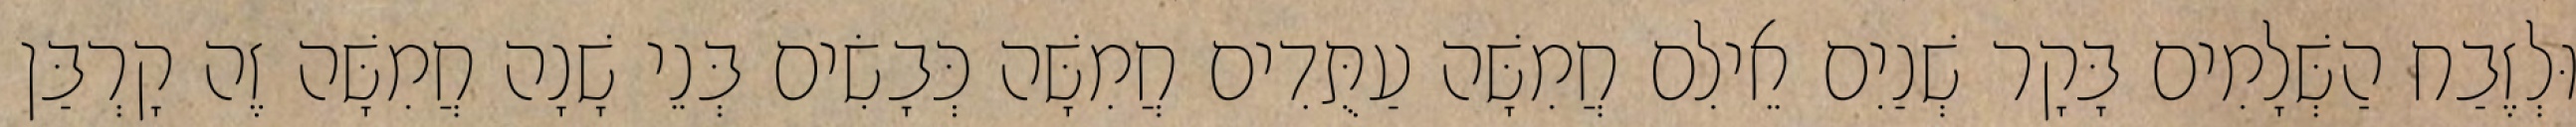
וּלְזֶבַח הַשְּׁלָמִים בָּקָר שְׁנַיִם אֵילִם חֲמִשָּׁה עַתֻּדִים חֲמִשָּׁה כְּבָשִׂים בְּנֵי שָׁנָה חֲמִשָּׁה זֶה קָרְבַּן